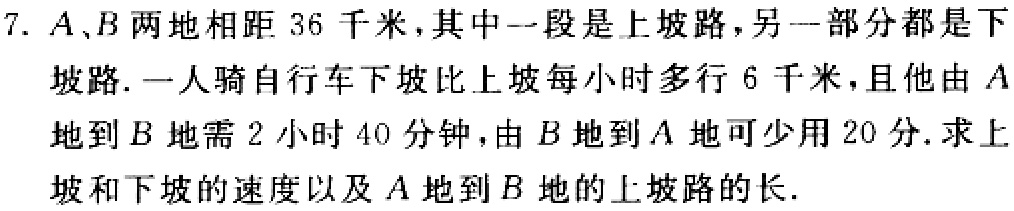
7. \(A\)、\(B\)两地相距\(36\)千米，其中一段是上坡路，另一部分都是下坡路. 一人骑自行车下坡比上坡每小时多行\(6\)千米，且他由\(A\)地到\(B\)地需\(2\)小时\(40\)分钟，由\(B\)地到\(A\)地可少用\(20\)分. 求上坡和下坡的速度以及\(A\)地到\(B\)地的上坡路的长.